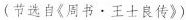
(节选自《周书\cdot王士良传》)